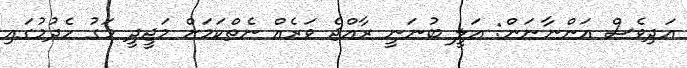
އަދިވެސް އަންނާނަން: އަލީ ބުނަނީ ރާއްޖެ ވަރެއް ނެތްކަމަށް މަޖީދީ މަގު ހެދުމުގައި